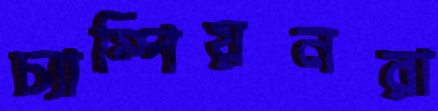
চ্যাম্পিয়নরা